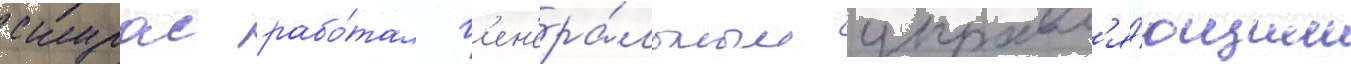
скурас рабо́тал г'ен'ера́льным управл'я́ющим